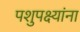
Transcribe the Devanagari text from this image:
पशुपक्ष्यांना